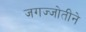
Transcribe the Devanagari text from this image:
जगज्जोतीने